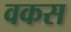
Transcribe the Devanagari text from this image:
वकस